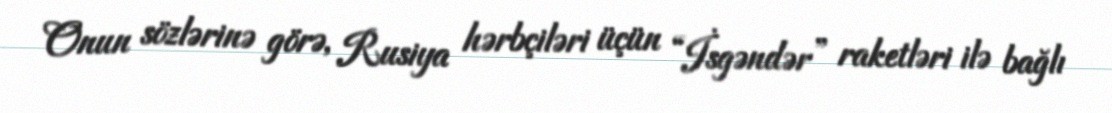
Onun sözlərinə görə, Rusiya hərbçiləri üçün “İsgəndər” raketləri ilə bağlı